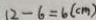
1 2 - 6 = 6 ( c m )